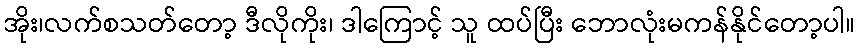
အိုး၊လက်စသတ်တော့ ဒီလိုကိုး၊ ဒါကြောင့် သူ ထပ်ပြီး ဘောလုံးမကန်နိုင်တော့ပါ။